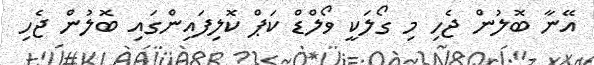
އޭނާ ބޮލުން ޖެހި މި ގޯލަކީ ވޯލްޑް ކަޕް ކޮލިފައިންގައި ބޮލުން ޖެހި